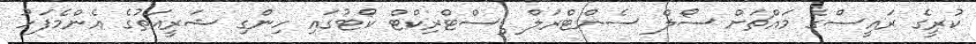
ކުރީގެ ރައީސްގެ މައްޗަށް ސޯލް ސެންޓްރަލް ޑިސްޓްރިކްޓް ކޯޓުގައި ހިންގި ޝަރީއަތުގެ އެންމެފަހު